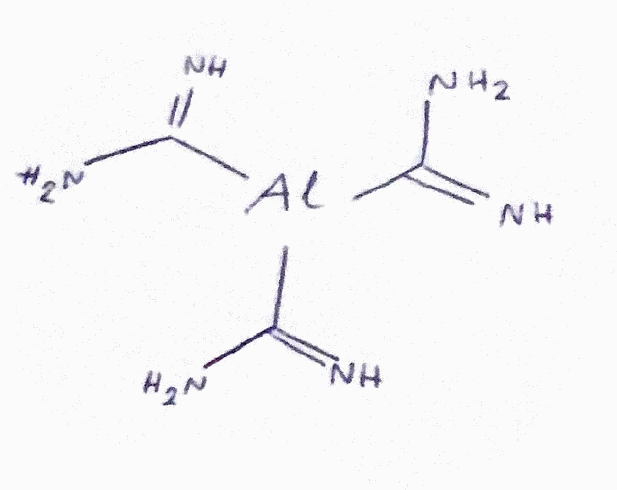
Simplified molecular-input line-entry system (SMILES) notation of the given molecule:
C(=N)(N)[Al](C(=N)N)C(=N)N